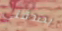
يصدقني